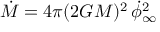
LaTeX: \dot { M } = 4 \pi ( 2 G M ) ^ { 2 } \, \dot { \phi } _ { \infty } ^ { 2 }